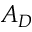
A _ { D }